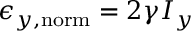
\epsilon _ { y , \mathrm { n o r m } } = 2 \gamma I _ { y }